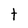
Character: t